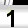
Digit: 1